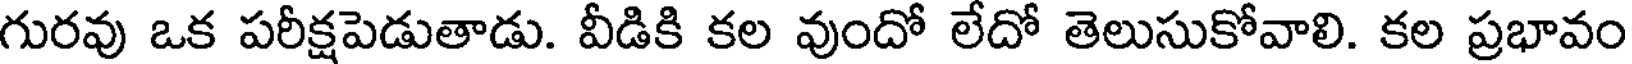
గురవు ఒక పరీక్షపెడుతాడు. వీడికి కల వుందో లేదో తెలుసుకోవాలి. కల ప్రభావం